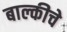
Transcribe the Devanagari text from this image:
बाल्कीचे